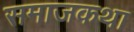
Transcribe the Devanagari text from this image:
समाजकथा